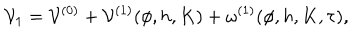
{ \cal V } _ { 1 } = { \cal V } ^ { ( 0 ) } + { \cal V } ^ { ( 1 ) } ( \phi , h , K ) + \omega ^ { ( 1 ) } ( \phi , h , K , \tau ) ,